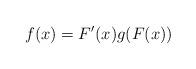
LaTeX: \begin{align*}f(x)= F'(x) g(F(x))\end{align*}